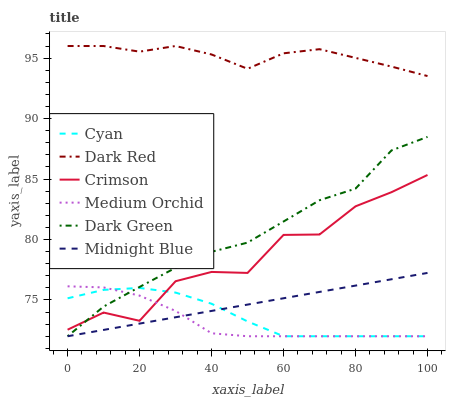
| xaxis_label | Cyan | Dark Red | Crimson | Medium Orchid | Dark Green | Midnight Blue |
 | --- | --- | --- | --- | --- | --- | --- |
 | 0 | 75.1 | 96 | 72.5 | 76.1 | 72 | 72 |
 | 10 | 75.8 | 96 | 74 | 76 | 74.5 | 72.5 |
 | 20 | 76 | 95.5 | 73.3 | 75.4 | 76.1 | 73 |
 | 30 | 75.6 | 96 | 76.5 | 74.1 | 77.7 | 73.6 |
 | 40 | 74.7 | 95.3 | 77.3 | 72.2 | 79 | 74.1 |
 | 50 | 73.2 | 94.1 | 77.2 | 72 | 79.7 | 74.6 |
 | 60 | 72 | 95.4 | 80.4 | 72 | 81.5 | 75.1 |
 | 70 | 72 | 95.7 | 80.4 | 72 | 83.2 | 75.7 |
 | 80 | 72 | 95 | 82.7 | 72 | 84.2 | 76.2 |
 | 90 | 72 | 94.3 | 83.9 | 72 | 87.4 | 76.7 |
 | 100 | 72 | 93.5 | 85.3 | 72 | 88.5 | 77.2 |